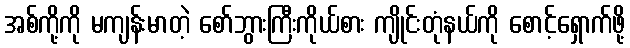
အစ်ကို့ကို မကျန်းမာတဲ့ စော်ဘွားကြီးကိုယ်စား ကျိုင်းတုံနယ်ကို စောင့်ရှောက်ဖို့